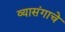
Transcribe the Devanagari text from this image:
व्यासंगाचे